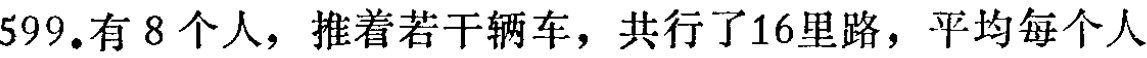
599.有 8 个人，推着若干辆车，共行了16里路，平均每个人